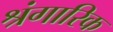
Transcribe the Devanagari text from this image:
श्रंगारिक